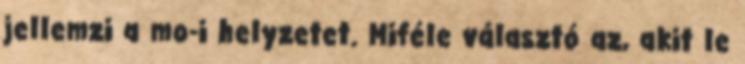
jellemzi a mo-i helyzetet. Miféle választó az, akit le